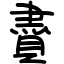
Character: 賮